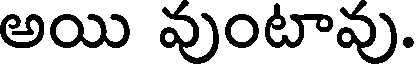
అయి వుంటావు.